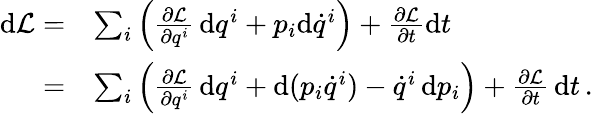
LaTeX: {\begin{array}{rl}{\mathrm{d}{\mathcal{L}}=}&{\sum_{i}\left({\frac{\partial{\mathcal{L}}}{\partial q^{i}}}\, \mathrm{d}q^{i}+p_{i}\mathrm{d}{\dot{q}}^{i}\right)+{\frac{\partial{\mathcal{L}}}{\partial t}}\mathrm{d}t}\\ {=}&{\sum_{i}\left({\frac{\partial{\mathcal{L}}}{\partial q^{i}}}\, \mathrm{d}q^{i}+\mathrm{d}(p_{i}{\dot{q}}^{i})-{\dot{q}}^{i}\, \mathrm{d}p_{i}\right)+{\frac{\partial{\mathcal{L}}}{\partial t}}\, \mathrm{d}t\, .}\end{array}}